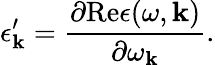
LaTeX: \epsilon_{\mathbf k}^{\prime}={\frac{\partial\mathrm{Re}\epsilon(\omega,{\mathbf k})}{\partial\omega_{\mathbf k}}}.